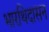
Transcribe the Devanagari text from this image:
भारथिदासन